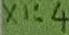
Text: X1:4